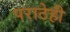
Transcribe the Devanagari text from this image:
पराठेही